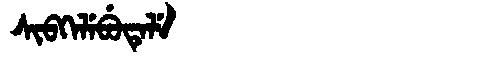
Manchu: ᠰᡳᠪᡴᡝᠯᡝᠪᡠᡨᡝᠯᡝ
Romanization: SIBKELEBUTELE